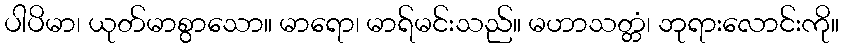
ပါပိမာ၊ ယုတ်မာစွာသော။ မာရော၊ မာရ်မင်းသည်။ မဟာသတ္တံ၊ ဘုရားလောင်းကို။